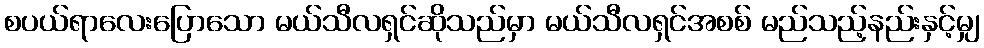
စပယ်ရာလေးပြောသော မယ်သီလရှင်ဆိုသည်မှာ မယ်သီလရှင်အစစ် မည်သည့်နည်းနှင့်မျှ